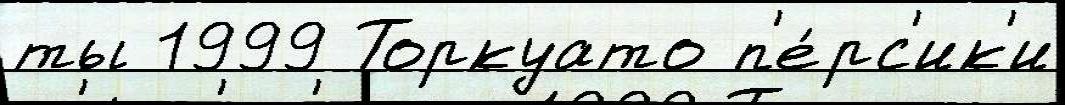
ты 1999 Торкуато п'е́рс'ик'и